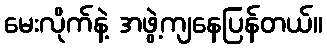
မေးလိုက်နဲ့ အဖွဲ့ကျနေပြန်တယ်။